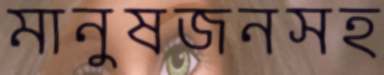
মানুষজনসহ